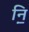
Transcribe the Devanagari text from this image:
नि़॒